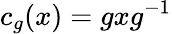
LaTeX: c_{g}(x)=gxg^{-1}